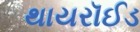
થાયરૉઈડ